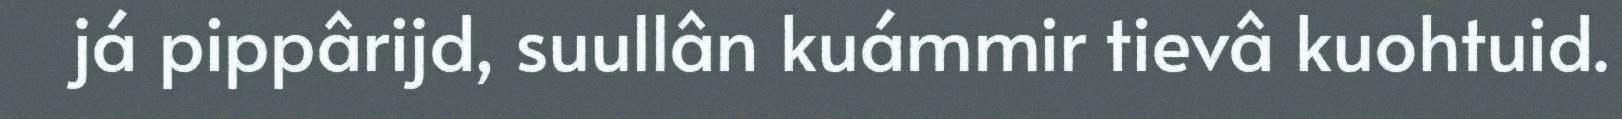
já pippârijd, suullân kuámmir tievâ kuohtuid.